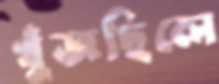
খুঁজছিলে